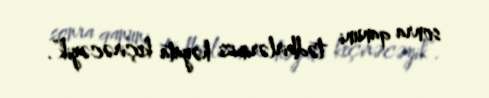
sonra qanuni tədbirlərimizi həyata keçirəcəyik”.